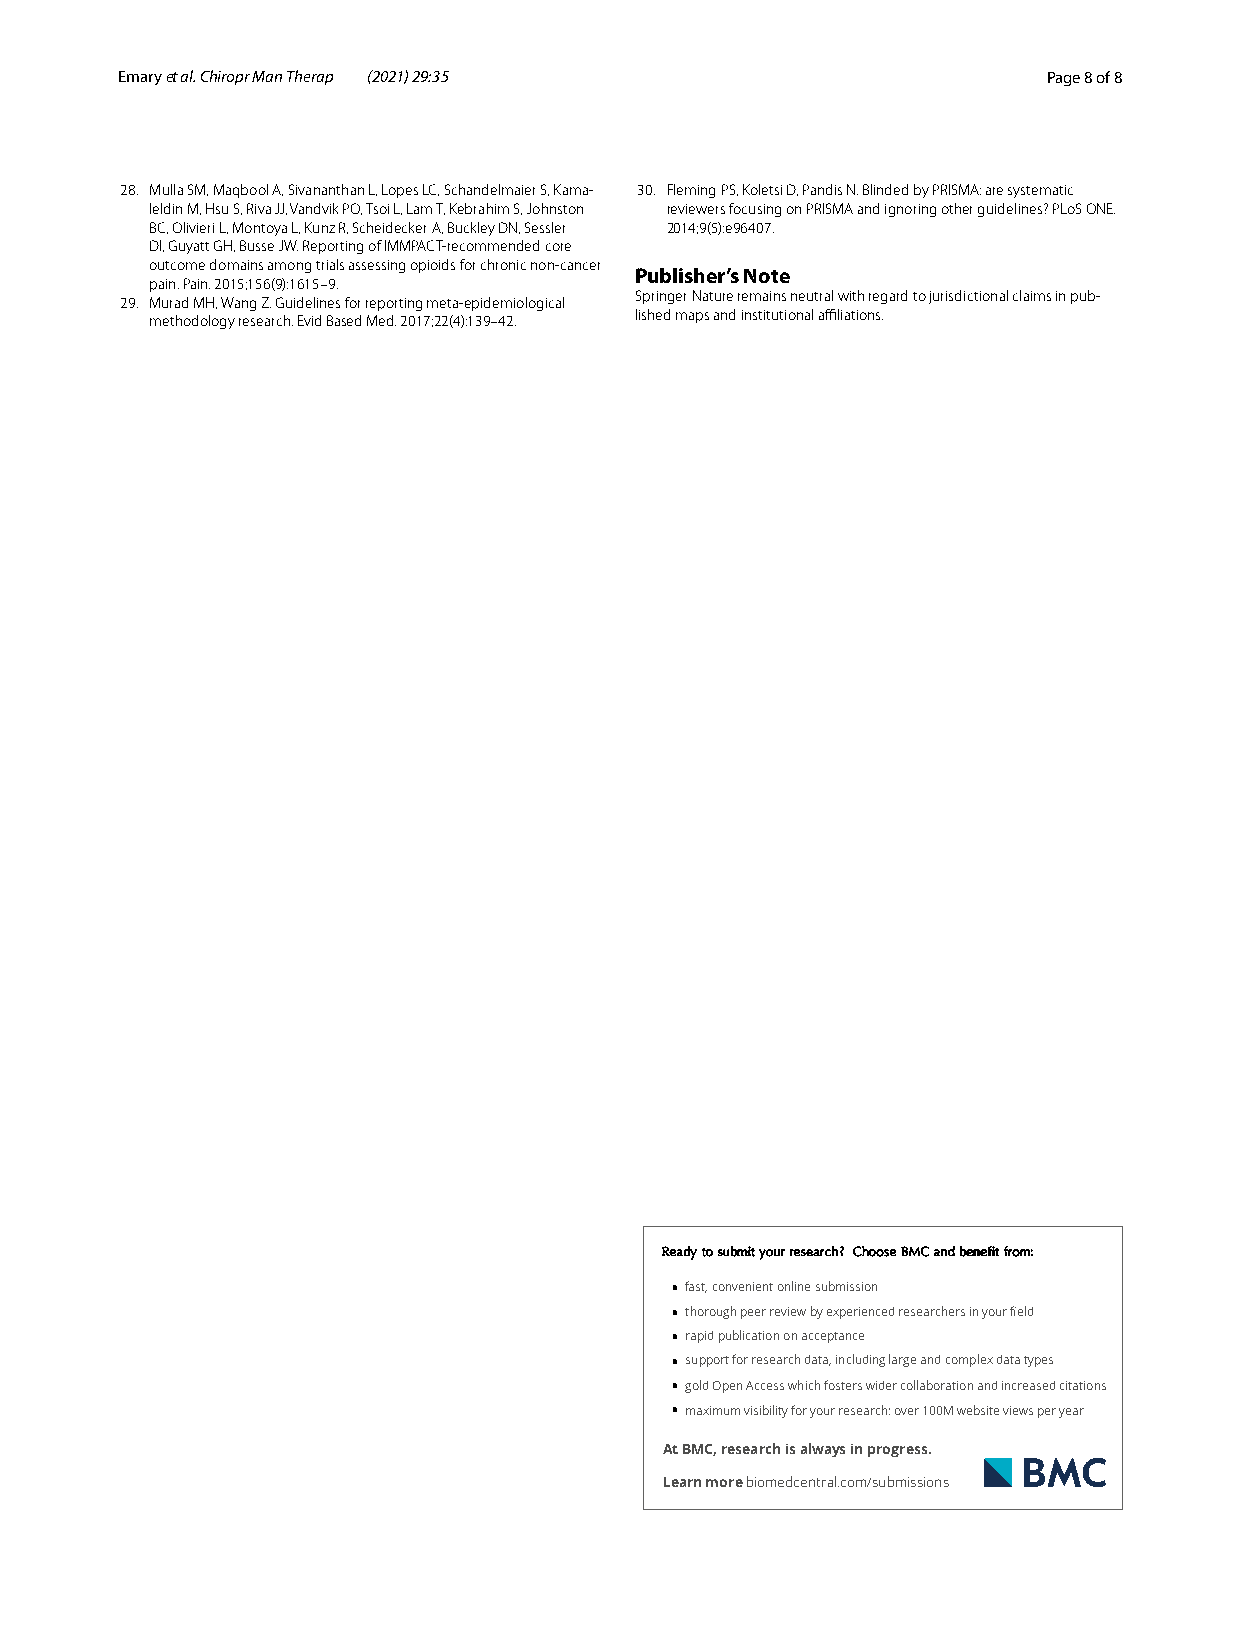
Emary et al. Chiropr Man Therap (2021) 29:35                 Page 8 of 8
 28. Mulla SM, Maqbool A, Sivananthan L, Lopes LC, Schandelmaier S, Kama- 30. Fleming PS, Koletsi D, Pandis N. Blinded by PRISMA: are systematic
 leldin M, Hsu S, Riva JJ, Vandvik PO, Tsoi L, Lam T, Kebrahim S, Johnston reviewers focusing on PRISMA and ignoring other guidelines? PLoS ONE.
 BC, Olivieri L, Montoya L, Kunz R, Scheidecker A, Buckley DN, Sessler 2014;9(5):e96407.
 DI, Guyatt GH, Busse JW. Reporting of IMMPACT-recommended core
 outcome domains among trials assessing opioids for chronic non-cancer
 Publisher’s Note
 pain. Pain. 2015;156(9):1615–9.
 29. Murad MH, Wang Z. Guidelines for reporting meta-epidemiological Springer Nature remains neutral with regard to jurisdictional claims in pub-
 methodology research. Evid Based Med. 2017;22(4):139–42. lished maps and institutional affiliations.
 RReeaaddyy ttoo ssuubbmmiitt yyoouurr rreesseeaarrcchh ?? CChhoooossee BBMMCC aanndd bbeenneeffiitt ffrroomm::
 • fast, convenient online submission
 • thorough peer review by experienced rese archers in your field
 • rapid publication on acceptance
 • support for research data, including large and complex data types
 • gold Open Access which fosters wider collaboration and increased citations
 • maximum visibility for your research: over 100M website views per year
 At BMC, research is always in progress.
 Learn more biomedcentral.com/submissions